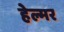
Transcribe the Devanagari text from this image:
हेल्मर